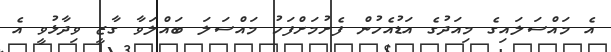
އެ މައްސަލައިގެ މިއަދުގެ އަޑުއެހުން ފެށުމަށްފަހު މައްސަލަ ބައްލަވާ ގާޒީ ވިދާޅުވީ އެ